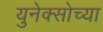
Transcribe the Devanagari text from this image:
युनेक्सोच्या